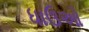
ધાઉઓ